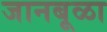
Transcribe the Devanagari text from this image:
जानबूळा